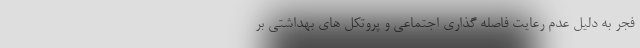
فجر به دلیل عدم رعایت فاصله گذاری اجتماعی و پروتکل های بهداشتی بر